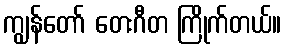
ကျွန်တော် တေးဂီတ ကြိုက်တယ်။